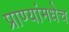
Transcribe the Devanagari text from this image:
प्राण्यांमधेच